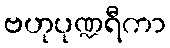
ဗဟုပုဏ္ဍရီကာ